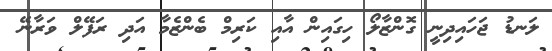
ލަނޑު ޖަހައިދިނީ ގޮންޒާލޯ ހިގައިން އާއި ކަރިމް ބެންޒެމާ އަދި ރަފޭލް ވަރާނޭ